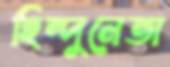
হিন্দুনেতা